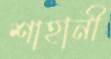
শাহানী